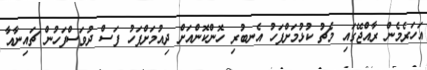
އަހަރެމެން ރާއްޖޭގައި މެޗު ކުޅުމަށްފަހު އެނބުރި ހޮންކޮންއަށް ދިއުމަށްފަހު ފަސް ދުވަސްފަހުން ޗައިނާއާ